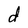
Character: d